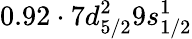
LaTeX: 0.92\cdot 7d_{5/2}^{2}9s_{1/2}^{1}